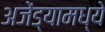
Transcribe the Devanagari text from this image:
अजेंड्यामध्ये